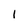
Character: I